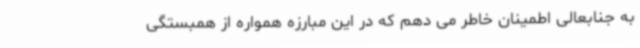
به جنابعالی اطمینان خاطر می دهم که در این مبارزه همواره از همبستگی